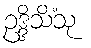
ဥဒ္ဒိသိံသု